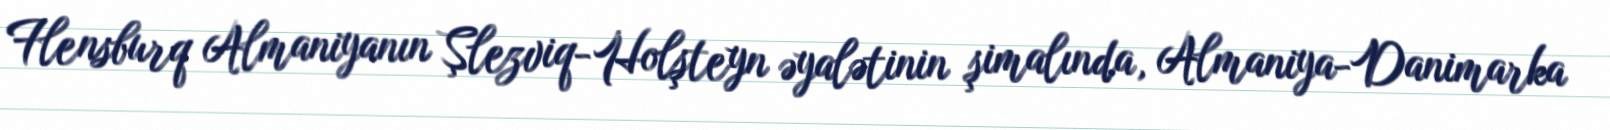
Flensburq Almaniyanın Şlezviq-Holşteyn əyalətinin şimalında, Almaniya-Danimarka